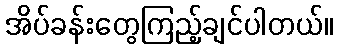
အိပ်ခန်းတွေကြည့်ချင်ပါတယ်။